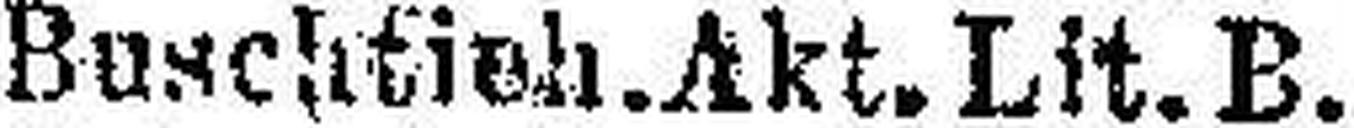
Buschtien. Akt. Lit. B.